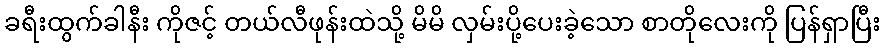
ခရီးထွက်ခါနီး ကိုဇင့် တယ်လီဖုန်းထဲသို့ မိမိ လှမ်းပို့ပေးခဲ့သော စာတိုလေးကို ပြန်ရှာပြီး